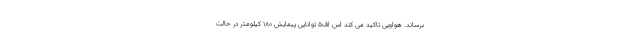
برساند. هواویی تاکید می کند اس اف5 توانایی پیمایش 180 کیلومتر در حالت